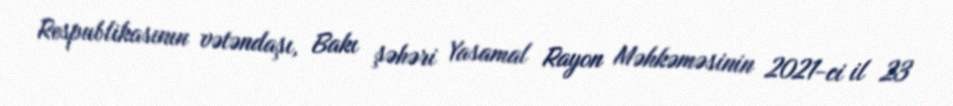
Respublikasının vətəndaşı, Bakı şəhəri Yasamal Rayon Məhkəməsinin 2021-ci il 23